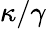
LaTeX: \kappa/\gamma